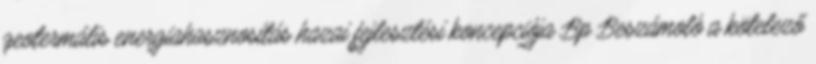
geotermális energiahasznosítás hazai fejlesztési koncepciója Bp Beszámoló a kötelező